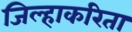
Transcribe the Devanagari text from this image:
जिल्हाकरिता